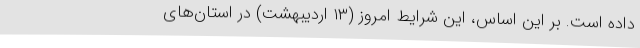
داده است. بر این اساس، این شرایط امروز (۱۳ اردیبهشت) در استان‌های